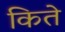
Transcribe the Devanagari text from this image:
किते